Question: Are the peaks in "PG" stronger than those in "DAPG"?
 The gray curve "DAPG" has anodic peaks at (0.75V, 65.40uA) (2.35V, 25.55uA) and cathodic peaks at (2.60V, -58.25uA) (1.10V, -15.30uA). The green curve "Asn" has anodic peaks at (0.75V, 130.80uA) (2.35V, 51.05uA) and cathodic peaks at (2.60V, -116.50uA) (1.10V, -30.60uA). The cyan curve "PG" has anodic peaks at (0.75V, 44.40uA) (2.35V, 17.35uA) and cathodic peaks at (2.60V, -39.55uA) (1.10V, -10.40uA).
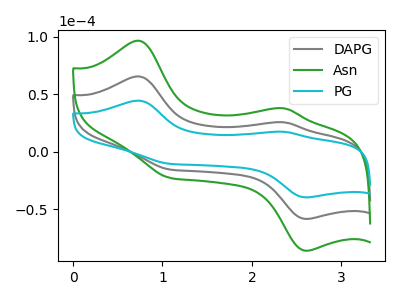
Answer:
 <answer>Every peak in "PG" is lower than every peak in "DAPG".</answer>
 <eval>lower</eval>